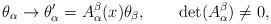
\begin{align*}\theta_\alpha \rightarrow \theta_\alpha ^{\prime }=A_\alpha^\beta (x)\theta_\beta ,\qquad \det (A_\alpha^\beta )\neq 0,\end{align*}